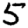
Digit: 5